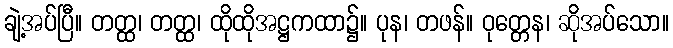
ချဲ့အပ်ပြီ။ တတ္ထ၊ တတ္ထ၊ ထိုထိုအဋ္ဌကထာ၌။ ပုန၊ တဖန်။ ဝုတ္တေန၊ ဆိုအပ်သော။